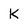
Character: k